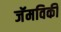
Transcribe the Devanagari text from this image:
जॅमविकी